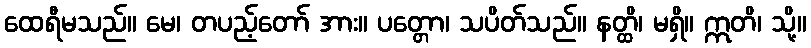
ထေရီမသည်။ မေ၊ တပည့်တော် အား။ ပတ္တော၊ သပိတ်သည်။ နတ္ထိ၊ မရှိ။ ဣတိ၊ သို့။